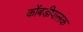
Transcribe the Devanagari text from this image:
कोंबडीपालक